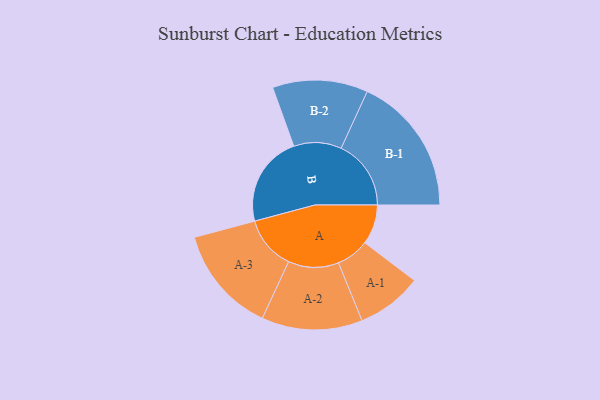
{"axis": {"x": "Segment", "y": "Value"}, "legend": ["", "A", "B"], "data": [{"x": "A", "y": 161, "type": ""}, {"x": "B", "y": 369, "type": ""}, {"x": "A-1", "y": 133, "type": "A"}, {"x": "A-2", "y": 204, "type": "A"}, {"x": "A-3", "y": 217, "type": "A"}, {"x": "B-1", "y": 283, "type": "B"}, {"x": "B-2", "y": 193, "type": "B"}]}